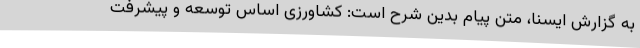
به گزارش ایسنا، متن پیام بدین شرح است: کشاورزی اساس توسعه و پیشرفت